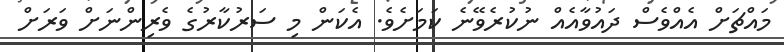
މައްޗަށް އެއްވެސް ދައުވާއެއް ނުކުރެވޭނެ ކަމަށެވެ. އެކަން މި ސަރުކާރުގެ ވެރިންނަށް ވަރަށް